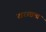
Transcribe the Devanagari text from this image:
खरसाला